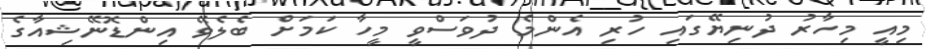
މިއީ މިހާރު ދުނިޔޭގައި ހުރި އެންމެ ދުވަސްވީ މީހާ ކަމަށް ބެލެވޭ އިންޑޮނޭޝިއާގެ